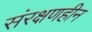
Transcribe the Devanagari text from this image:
संरक्षणहीन